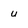
Character: u